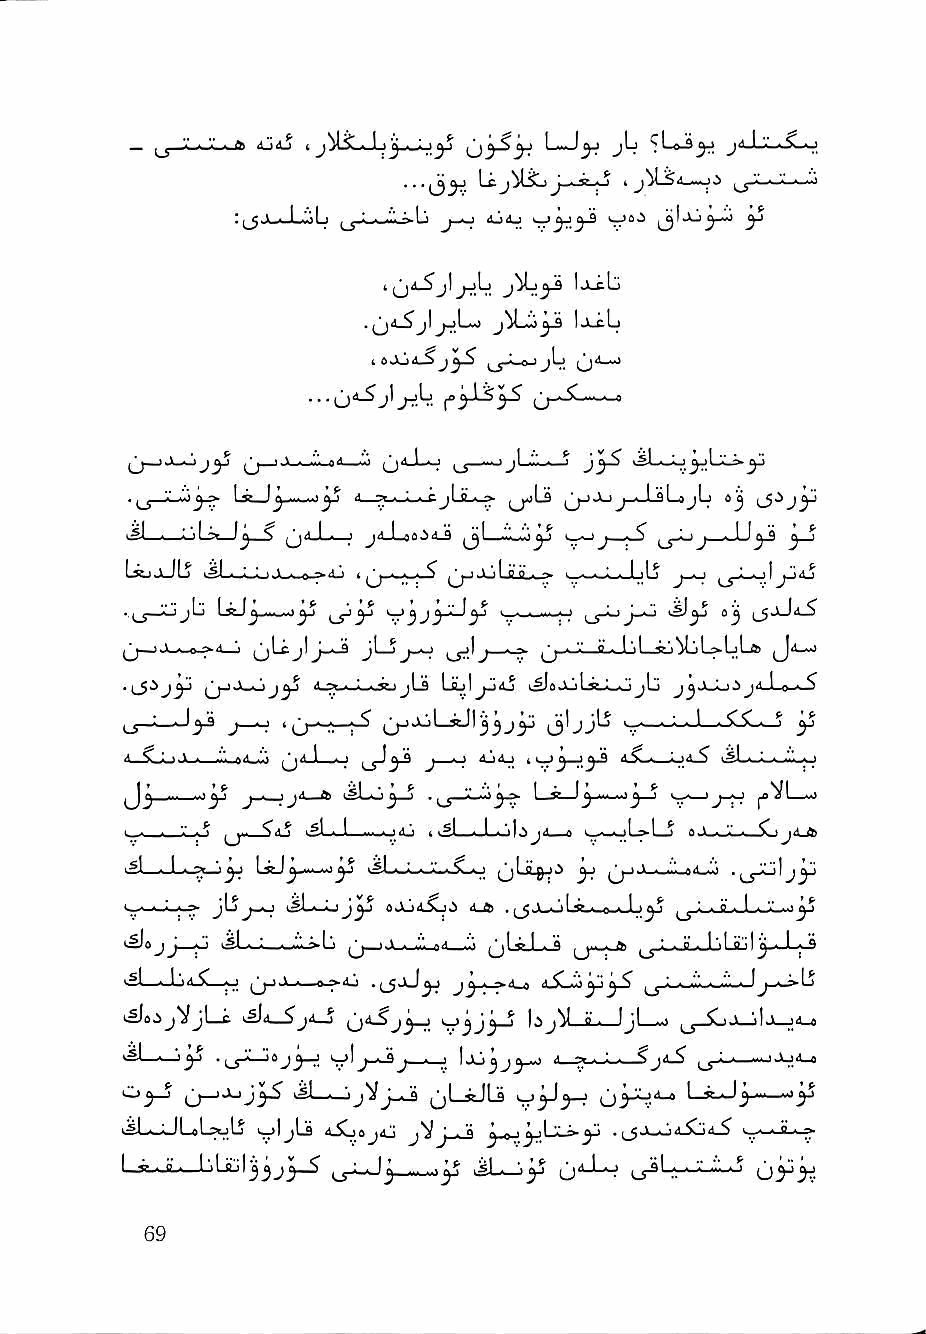
ij4j I             L-J^ jLj    ji1.1-'---.'>.0
 : . l.!. l-iiij L -wJi-Li >^yjy^  yj
 i   j ]      Ij-ctj
 .^j4_^jl^L^   IjucLj
 ■■■u^j^j^k f'^"^
 .      II ::»g—_Il <<^^ 1 ^ i rV-*-^ J^ ^ ^jjJjj-J-sLsjL ay
 1^1 LjLs* '5—^ ' J'l-Lfl0.id_3 ^l ZJJi^ >_>_i ^ - ' j - 1 a y_j
 L^jJLj >^J-lJ_L| ■>-■- ^-^dj I ^ I 1 '■ I fl i) . — i_....:_iJ_iLj j-^ ol jljiJ
 iL
 • U—  LgJj.......i yS 1^ ^ '-.-I, <   yi iy
 >j-~.o-^4_j (jLcjIj-^       '•'—fl-.-Lji T'iM^L>Ll-fe !_)''-"'
 •     jJj-j.V^oJ^ <<■'>■« iL'jrj jLfl Laj]^^^ k^oAjLsQpI.^^Lj 1 0 * ^
 ' ■ \yS J o . ^^--i— y->x!>L-*Jl         ^ ^
 4_SLoJL.> »'■ art-.jj H 3^ J 'o ' 4_]A_) t ^ y£ '^l.--"----i""-o
 ^ ^   'y ^   ^ ^VL-m)
 1 '* ^
 ' ■ - '-' ■ ^ iS-J ..^-oAj 1 i^l_..l.. ',i|.a jA_-a l_.^-oL»1_a ^ ^ ■ J' ft>
 . 1 * yi [jcJ^'^'^yj   ^lJL0J>^ yj ■.il'i.oA..'.j
 i^« jj—o tsL-i—_^L ^j_jjL,_i_o<i qIjJ_^ lT"!"^ ,j,:—JL Jj Lttj I j—L-s
 igl—JJa-C-o      .ijjjyj jy-^-^i^ iSL^yjy^
 kSJoijVjl—i jil—J    '■■'JJJ ^ lijil—a-^-Jjl—ij JJ—SoX-jiJi—JA-e
 *sl——jy .jjJXUsj^ yl  \X>yjy^ i—SyJs.^jiS jjX—~oXiA_e
 Oy-j ^j—'XjyS JL^jV jjLieJU .^^y-j QyoA_« Lse-Jy—
 iSLoJLsL^Lj wljlj aXjOjaJ jVj - 0 y a ly^l -Xy . jJ Jk_o <Lij A_^ 0' • <1 • 7-
 L^L.jL^L)l-ftj|jjj^ jjxJ^ »£L_>y 0''-^ ,jiL-x:-:;-o oyy